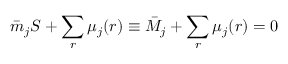
\bar { m } _ { j } S + \sum _ { r } \mu _ { j } ( r ) \equiv \bar { M } _ { j } + \sum _ { r } \mu _ { j } ( r ) = 0